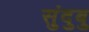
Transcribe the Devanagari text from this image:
सुंदुबु